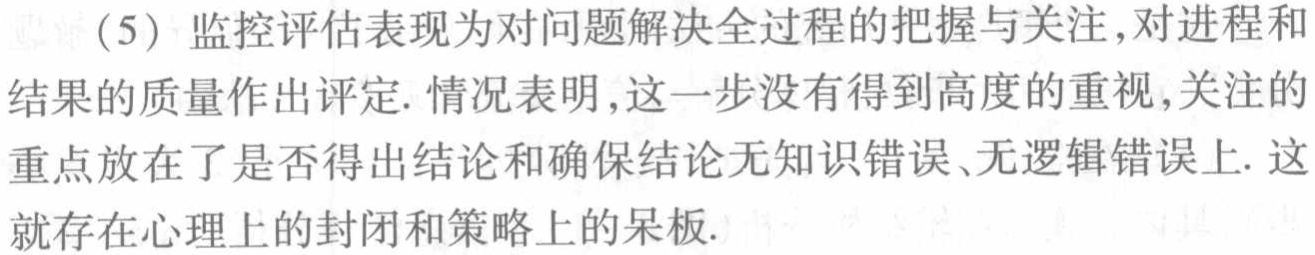
（5）监控评估表现为对问题解决全过程的把握与关注,对进程和结果的质量作出评定. 情况表明,这一步没有得到高度的重视,关注的重点放在了是否得出结论和确保结论无知识错误、无逻辑错误上. 这就存在心理上的封闭和策略上的呆板.